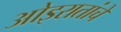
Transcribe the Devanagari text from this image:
ओइरातांचे